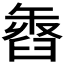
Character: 𦥽